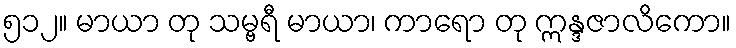
၅၁၂။ မာယာ တု သမ္ဗရီ မာယာ၊ ကာရော တု ဣန္ဒဇာလိကော။